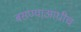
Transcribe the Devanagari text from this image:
बसण्याआधीच